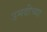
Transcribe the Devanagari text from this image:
उमदीच्या